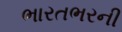
ભારતભરની